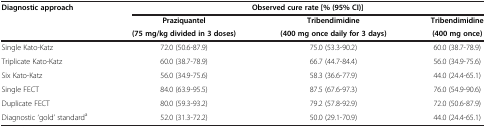
<table><thead><tr><td rowspan="3"><b>Diagnostic approach</b></td><td colspan="3"><b>Observed cure rate [% (95% CI)]</b></td></tr><tr><td><b>Praziquantel(75 mg/kg divided in 3 doses)</b></td><td><b>Tribendimidine(400 mg once daily for 3 days)</b></td><td><b>Tribendimidine(400 mg once)</b></td></tr></thead><tbody><tr><td>Single Kato-Katz</td><td>72.0 (50.6-87.9)</td><td>75.0 (53.3-90.2)</td><td>60.0 (38.7-78.9)</td></tr><tr><td>Triplicate Kato-Katz</td><td>60.0 (38.7-78.9)</td><td>66.7 (44.7-84.4)</td><td>56.0 (34.9-75.6)</td></tr><tr><td>Six Kato-Katz</td><td>56.0 (34.9-75.6)</td><td>58.3 (36.6-77.9)</td><td>44.0 (24.4-65.1)</td></tr><tr><td>Single FECT</td><td>84.0 (63.9-95.5)</td><td>87.5 (67.6-97.3)</td><td>76.0 (54.9-90.6)</td></tr><tr><td>Duplicate FECT</td><td>80.0 (59.3-93.2)</td><td>79.2 (57.8-92.9)</td><td>72.0 (50.6-87.9)</td></tr><tr><td>Diagnostic ‘gold’ standard<sup>a</sup></td><td>52.0 (31.3-72.2)</td><td>50.0 (29.1-70.9)</td><td>44.0 (24.4-65.1)</td></tr></tbody></table>